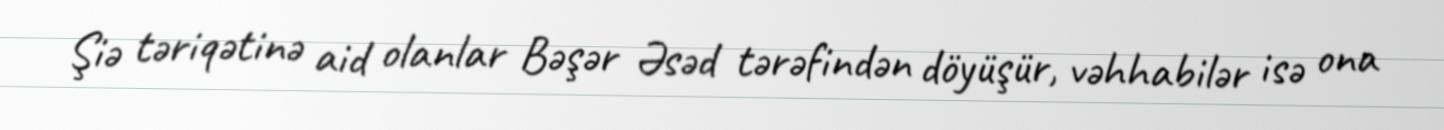
Şiə təriqətinə aid olanlar Bəşər Əsəd tərəfindən döyüşür, vəhhabilər isə ona